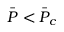
\Bar { P } < \Bar { P } _ { c }